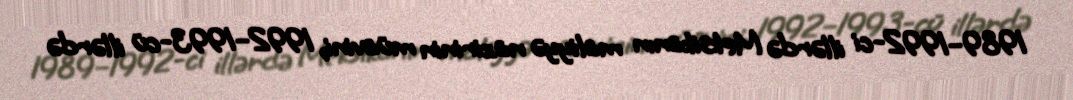
1989–1992-ci illərdə Meksikanın maliyyə nazirinin müavini, 1992–1993-cü illərdə